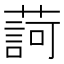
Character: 𦺞